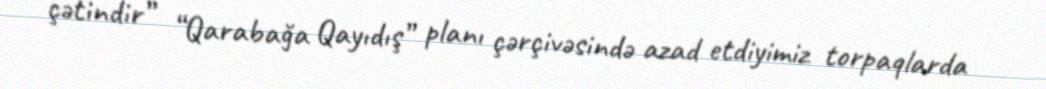
çətindir” “Qarabağa Qayıdış” planı çərçivəsində azad etdiyimiz torpaqlarda